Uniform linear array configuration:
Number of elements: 64
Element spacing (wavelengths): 0.75
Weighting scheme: hamming
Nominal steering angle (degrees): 45
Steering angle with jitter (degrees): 46.48
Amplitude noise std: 0.05
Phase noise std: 0.05

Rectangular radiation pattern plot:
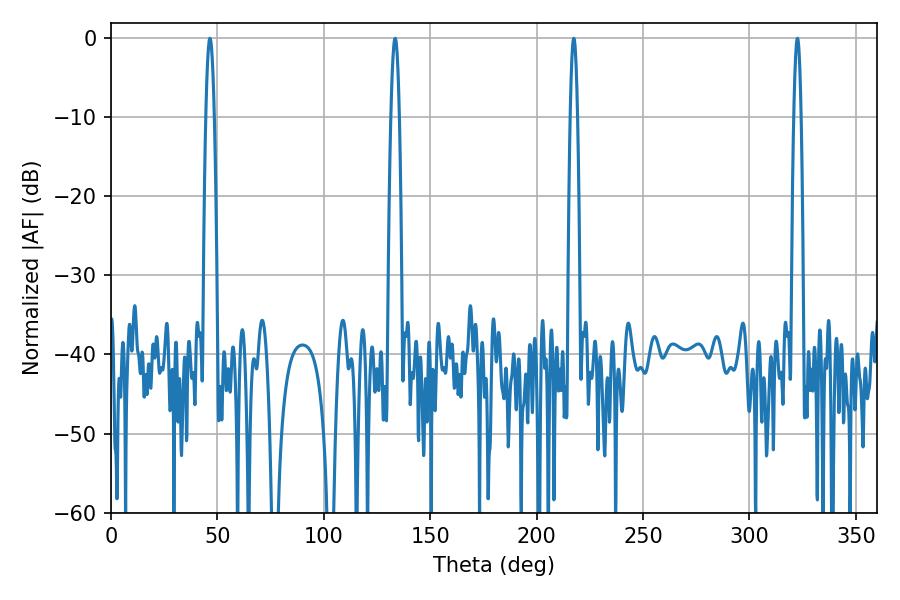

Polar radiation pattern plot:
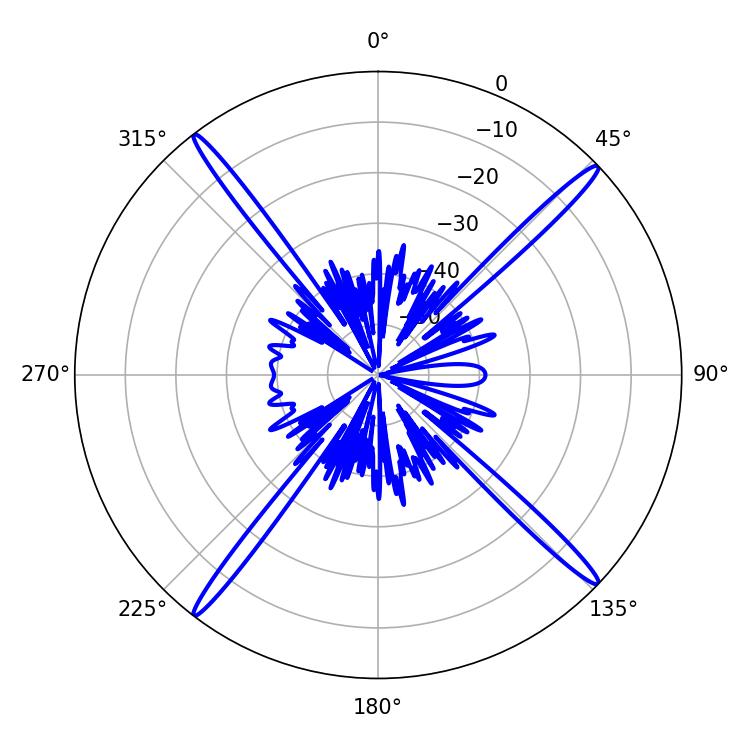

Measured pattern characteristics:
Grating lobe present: TRUE
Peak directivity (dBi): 20.826
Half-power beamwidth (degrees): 1.8
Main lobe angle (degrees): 217.44